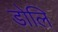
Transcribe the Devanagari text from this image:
डोलि